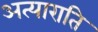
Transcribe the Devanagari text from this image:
अत्याराति